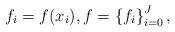
LaTeX: \begin{align*}f_i=f(x_i), f=\left\{f_i\right\}_{i=0}^{J},\end{align*}